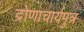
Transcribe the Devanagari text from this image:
द्रोणाचार्यपुत्र